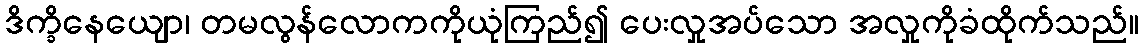
ဒိက္ခိနေယျော၊ တမလွန်လောကကိုယုံကြည်၍ ပေးလှုအပ်သော အလှုကိုခံထိုက်သည်။